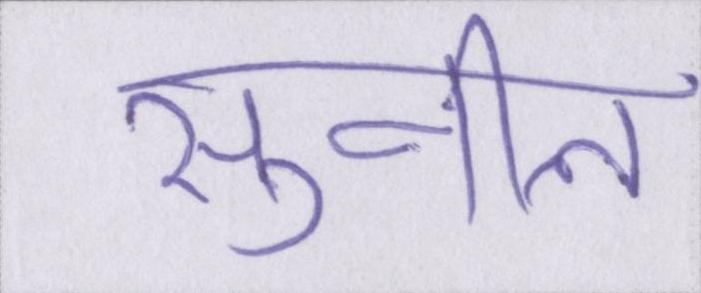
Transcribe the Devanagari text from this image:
सुनील